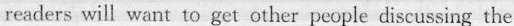
readers wil want to get other people discussing the